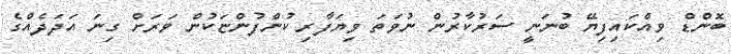
ބޮންޑް ވިއްކައިފިޔޭ ބުނަނީ ސަރުކާރުން ނުވަތަ ވިޔަފާރި ކުންފުންޏަކުން ވަރަށް ގިނަ އަދަދެއްގެ